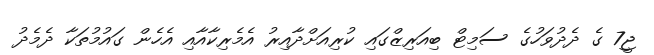
ޖީ7 ގެ ދެދުވަހުގެ ސަމިޓް ބިއަރިޒްގައި ކުރިއަށްދާއިރު އެމެރިކާއާއި އެހެން ގައުމުތަކާ ދެމެދު